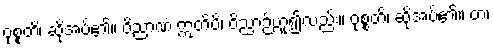
ဝုစ္စတိ၊ ဆိုအပ်၏။ ဝိညာဏံ ဣတိပိ၊ ဝိညာဉ်ဟူ၍လည်း။ ဝုစ္စတိ၊ ဆိုအပ်၏။ တံ၊